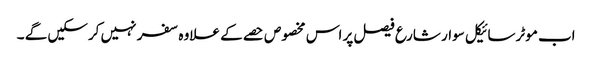
اب موٹرسائیکل سوار شارع فیصل پر اس مخصوص حصے کے علاوہ سفر نہیں کرسکیں گے ۔